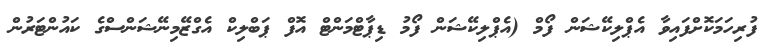
ފުރިހަމަކޮށްފައިވާ އެޕްލިކޭޝަން ފޯމް (އެޕްލިކޭޝަން ފޯމު ޑިޕާޓްމަންޓް އޮފް ޕަބްލިކް އެގްޒޭމިނޭޝަންސްގެ ކައުންޓަރުން